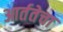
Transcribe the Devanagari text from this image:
आर्ततेचा